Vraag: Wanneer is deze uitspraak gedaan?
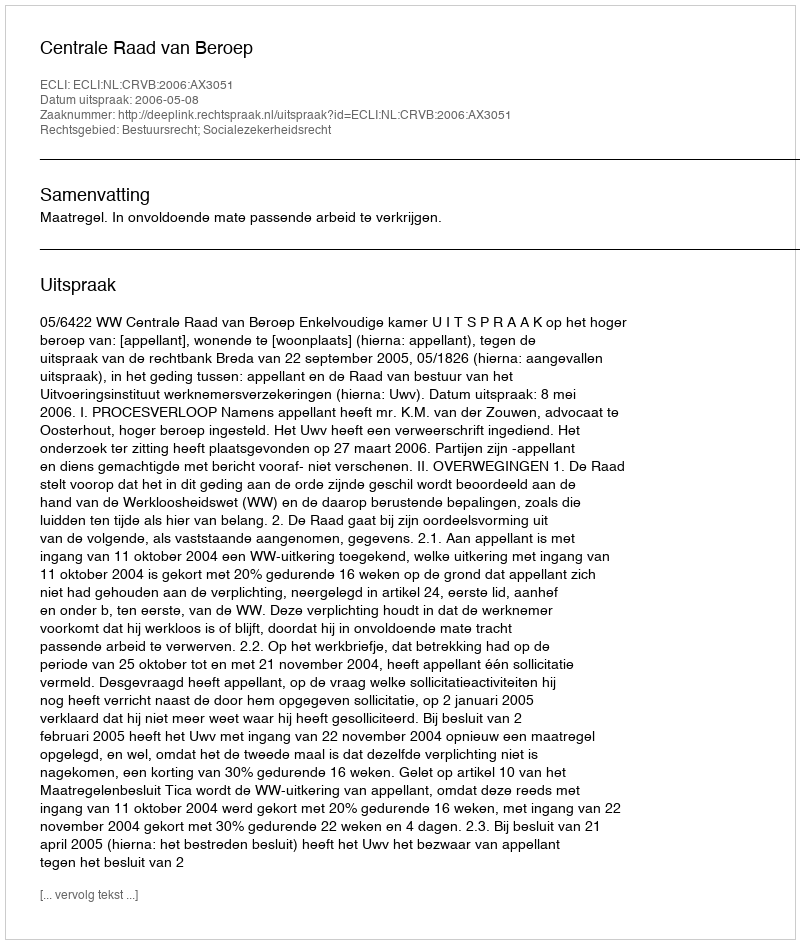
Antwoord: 2006-05-08